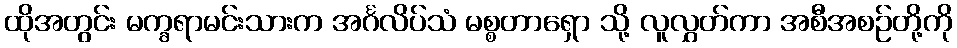
ထိုအတွင်း မက္ခရာမင်းသားက အင်္ဂလိပ်သံ မစ္စတာရှော သို့ လူလွှတ်ကာ အစီအစဉ်တို့ကို